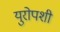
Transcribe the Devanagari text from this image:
युरोपशी